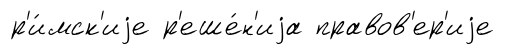
р'и́мск'иjе р'еше́н'иjа правов'ер'иjе